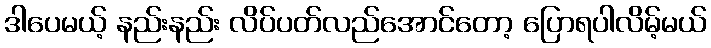
ဒါပေမယ့် နည်းနည်း လိပ်ပတ်လည်အောင်တော့ ပြောရပါလိမ့်မယ်